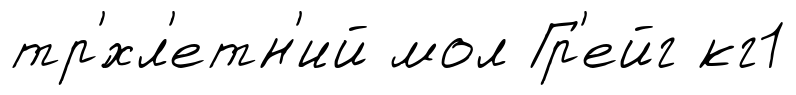
тр'́хл'етн'ий мол Гр'ейг кг1